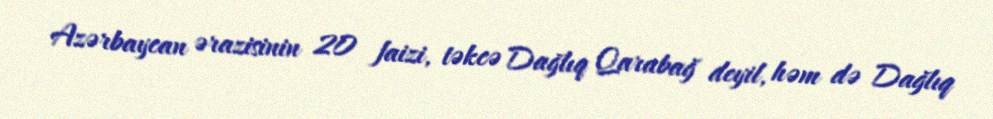
Azərbaycan ərazisinin 20 faizi, təkcə Dağlıq Qarabağ deyil, həm də Dağlıq